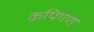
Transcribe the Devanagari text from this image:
कपिगण